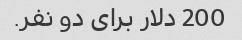
200 دلار برای دو نفر.